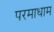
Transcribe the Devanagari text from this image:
परमाधाम